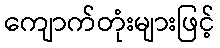
ကျောက်တုံးများဖြင့်